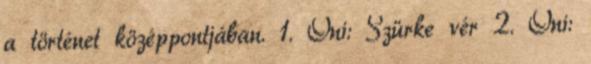
a történet középpontjában. 1. Oni: Szürke vér 2. Oni: